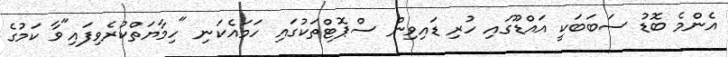
އެންމެ ބޮޑު ސަބަބަކީ އައްޑޫގައި ހުރި ޑައިވިން ސްޕޮޓްތަކުގައި ހަމައެކަނި "ހިމާޔަތްކުރެވިފައި"ވާ ކަމުގެ